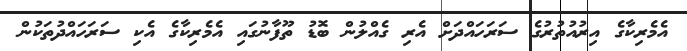
އެމެރިކާގެ އިރުއުތުރުގެ ސަރަހައްދަށް އެރި ގެއްލުން ބޮޑު ތޫފާނުގައި އެމެރިކާގެ އެކި ސަރަހައްދުތަކުން